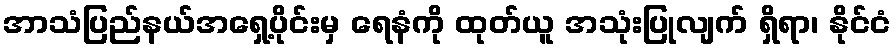
အာသံပြည်နယ်အရှေ့ပိုင်းမှ ရေနံကို ထုတ်ယူ အသုံးပြုလျက် ရှိရာ၊ နိုင်ငံ